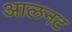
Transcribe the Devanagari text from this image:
आलनट